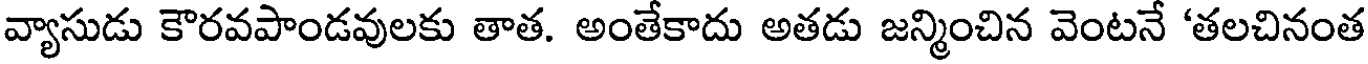
వ్యాసుడు కౌరవపాండవులకు తాత. అంతేకాదు అతడు జన్మించిన వెంటనే 'తలచినంత